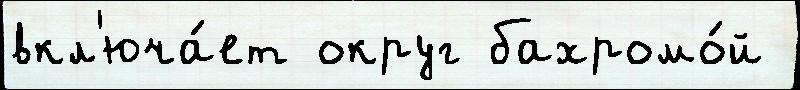
вкл'юча́ет округ бахромо́й